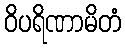
ဝိပရိဏာမိတံ